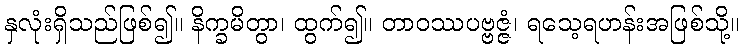
နှလုံးရှိသည်ဖြစ်၍။ နိက္ခမိတွာ၊ ထွက်၍။ တာဝဿပဗ္ဗဇ္ဇံ၊ ရသေ့ရဟန်းအဖြစ်သို့။